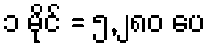
၁ မိုင် = ၅,၂၈၀ ပေ